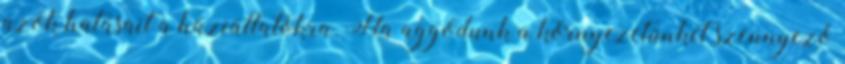
azok hatásait a háziállatokra. Ha aggódunk a környezetünket szennyező